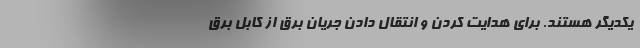
یکدیگر هستند. برای هدایت کردن و انتقال دادن جریان برق از کابل برق